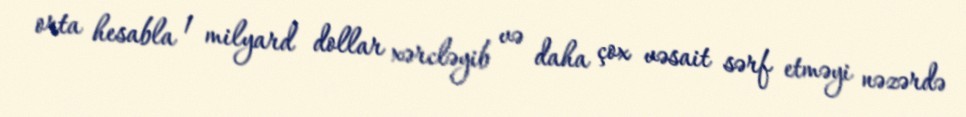
orta hesabla 1 milyard dollar xərcləyib və daha çox vəsait sərf etməyi nəzərdə